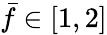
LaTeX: \bar{f}\in[1,2]